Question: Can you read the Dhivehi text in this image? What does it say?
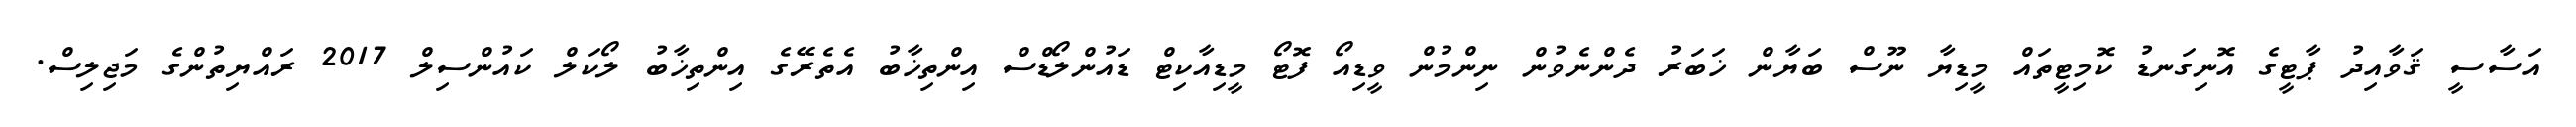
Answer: އަސާސީ ޤަވާއިދު ޕާޓީގެ އޮނިގަނޑު ކޮމިޓީތައް މީޑިޔާ ނޫސް ބަޔާން ޚަބަރު ދެންނެވުން ނިންމުން ވީޑިއޯ ފޮޓޯ މީޑިއާކިޓް ޑައުންލޯޑްސް އިންތިޚާބު އެތެރޭގެ އިންތިޚާބު ލޯކަލް ކައުންސިލް 2017 ރައްޔިތުންގެ މަޖިލިސް.